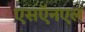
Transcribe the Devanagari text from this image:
एसऍनएल